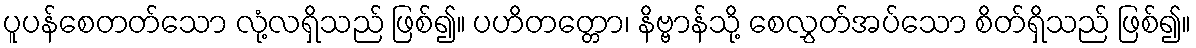
ပူပန်စေတတ်သော လုံ့လရှိသည် ဖြစ်၍။ ပဟိတတ္တော၊ နိဗ္ဗာန်သို့ စေလွှတ်အပ်သော စိတ်ရှိသည် ဖြစ်၍။